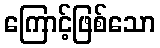
ကြောင့်ဖြစ်သော